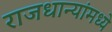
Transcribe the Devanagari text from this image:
राजधान्यांमध्ये